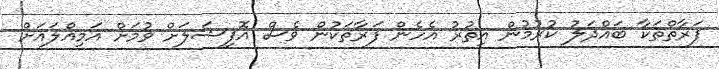
ފަރާތްތަކާ ބައްދަލު ކުރުމުން އިތުރު އެހެން ފަރާތަކުން ވެސް އޮފިޝަލަށް ވުމަށް އަމިއްލައަށް